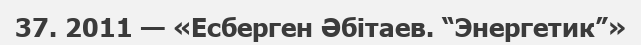
37. 2011 — «Есберген Әбітаев. “Энергетик”»